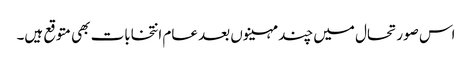
اس صورتحال میں چند مہینوں بعد عام انتخابات بھی متوقع ہیں۔